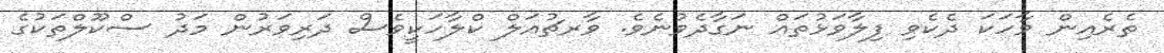
ތެރެއިން ވާހަކަ ދެކެވި ފިލާވަޅުތައް ނަގާދެވުނެވެ. ވާރޗުއަލް ކްލާހަކީވެސް ދަރިވަރުން މަދު ސްކޫލްތަކުގެ